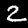
Label: 2